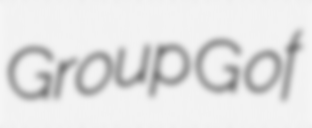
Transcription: Group G of